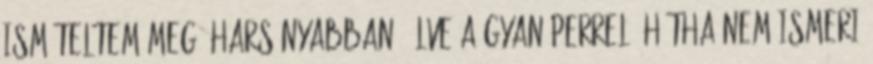
is­mételtem meg, harsányabban, élve a gyanúperrel, hátha nem is­me­ri